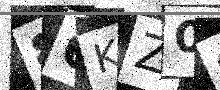
Text: 86KZ09